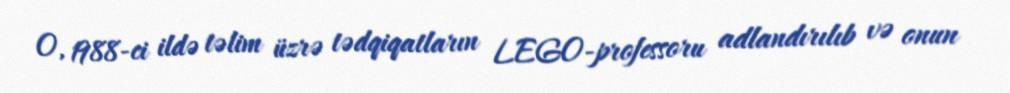
O, 1988-ci ildə təlim üzrə tədqiqatların LEGO-professoru adlandırılıb və onun